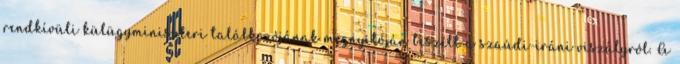
rendkívüli külügyminiszteri találkozójának megnyitóján beszélt a szaúdi-iráni viszályról. A